Scottish Leaving Certificate Examination, 1955
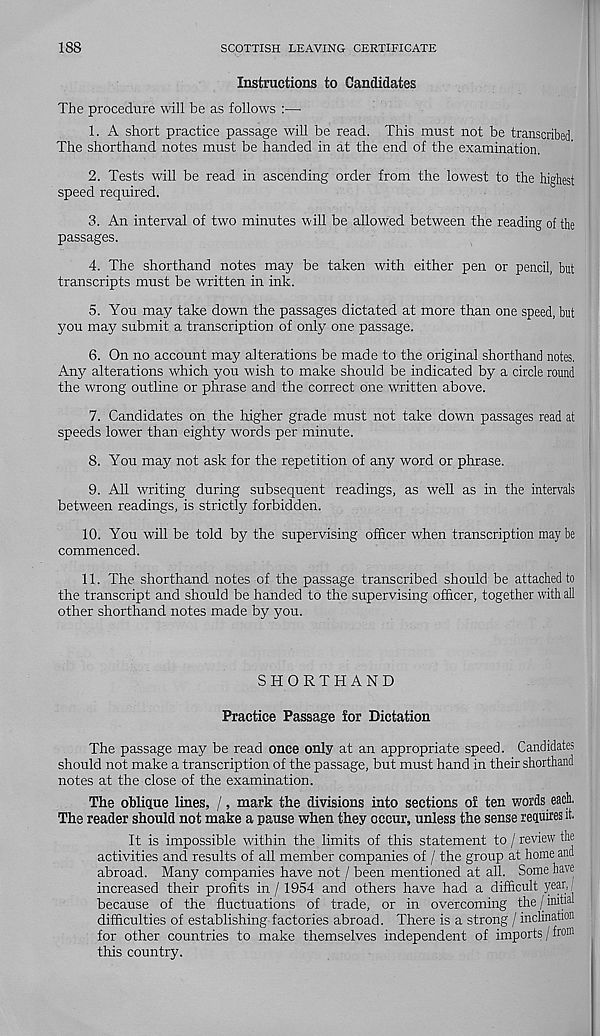
188
SCOTTISH LEAVING CERTIFICATE
Instructions to Candidates
The procedure will be as follows :—
1. A short practice passage will be read. This must not be transcribed
The shorthand notes must be handed in at the end of the examination.
2. Tests will be read in ascending order from the lowest to the highest
speed required.
3. An interval of two minutes will be allowed between the reading of the
passages.
4. The shorthand notes may be taken with either pen or pencil, but
transcripts must be written in ink.
5. You may take down the passages dictated at more than one speed, but
you may submit a transcription of only one passage.
6. On no account may alterations be made to the original shorthand notes.
Any alterations which you wish to make should be indicated by a circle round
the wrong outline or phrase and the correct one written above.
7. Candidates on the higher grade must not take down passages read at
speeds lower than eighty words per minute.
8. You may not ask for the repetition of any word or phrase.
9. All writing during subsequent readings, as well as in the intervals
between readings, is strictly forbidden.
10. You will be told by the supervising officer when transcription maybe
commenced.
11. The shorthand notes of the passage transcribed should be attached to
the transcript and should be handed to the supervising officer, together with all
other shorthand notes made by you.
SHORTHAND
Practice Passage for Dictation
The passage may be read once only at an appropriate speed. Candidates
should not make a transcription of the passage, but must hand in their shorthand
notes at the close of the examination.
The oblique lines, /, mark the divisions into sections of ten words each.
The reader should not make a pause when they occur, unless the sense requires it.
It is impossible within the limits of this statement to / review the
activities and results of all member companies of / the group at home and
abroad. Many companies have not / been mentioned at all. Some have
increased their profits in / 1954 and others have had a difficult year,
because of the fluctuations of trade, or in overcoming the / uuhal
difficulties of establishing factories abroad. There is a strong / inclination
for other countries to make themselves independent of imports/from
this country.